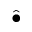
\widehat { \bullet }